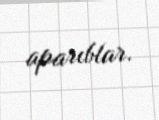
aparıblar.